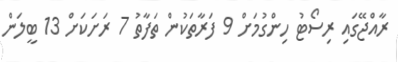
ރާއްޖޭގައި ރިސޯޓު ހިންގުމަށް 9 ފަރާތަކުން ތަފާތު 7 ރަށަކަށް 13 ބީލަން